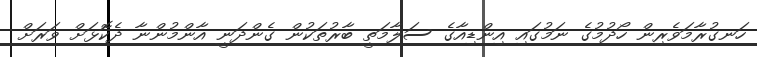
ހަނގުރާމަވެރިން ހޯދުމުގެ ނަމުގައި އިންޑިއާގެ ސަލާމަތީ ބާރުތަކުން ގެންދަނީ އާންމުންނާ ދެކޮޅަށް ވަރަށް